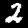
Label: 2